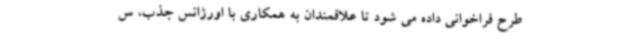
طرح فراخوانی داده می شود تا علاقمندان به همکاری با اورژانس جذب، س